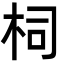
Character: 柌